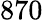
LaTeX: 870